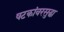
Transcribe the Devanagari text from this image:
षटकांवरसुद्धा